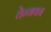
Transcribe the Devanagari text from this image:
तेन्नवन